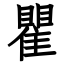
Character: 瞿